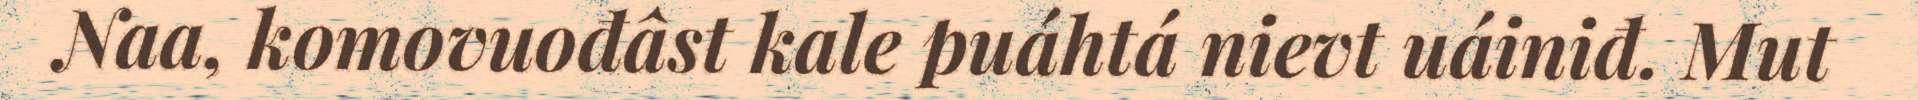
Naa, komovuođâst kale puáhtá nievt uáiniđ. Mut